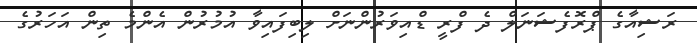
ރަޝިއާގެ ޕްރޮފެޝަނަލް ދެ ފްރީ ޑްއިވަރުންނަށް ލިބިފައިވާ އުމުރުން އެންމެ ތިން އަހަރުގެ